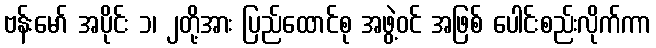
ဗန်းမော် အပိုင်း ၁၊ ၂တို့အား ပြည်ထောင်စု အဖွဲ့ဝင် အဖြစ် ပေါင်းစည်းလိုက်ကာ